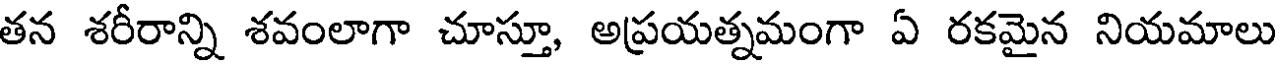
తన శరీరాన్ని శవంలాగా చూస్తూ, అప్రయత్నమంగా ఏ రకమైన నియమాలు